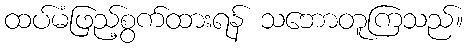
ထပ်မံဖြည့်စွက်ထားရန် သဘောတူကြသည်။